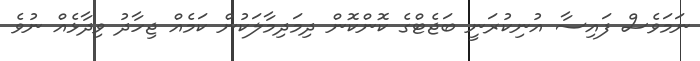
ނަމަވެސް ފައިސާ އުނިކުރަނީ ބަޖެޓްގެ ކޮންކޮން ދިމަދިމާލަކުން ކަމެއް ޖިހާދު ވިދާޅެއް ނުވެ